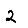
Digit: 2